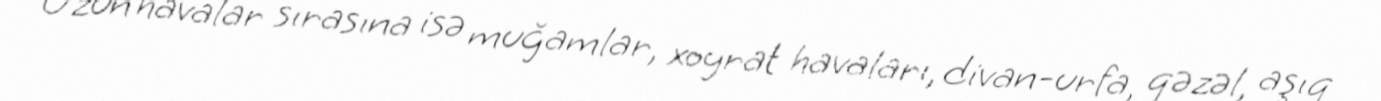
Uzun havalar sırasına isə muğamlar, xoyrat havaları, divan-urfa, qəzəl, aşıq